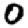
Digit: 0